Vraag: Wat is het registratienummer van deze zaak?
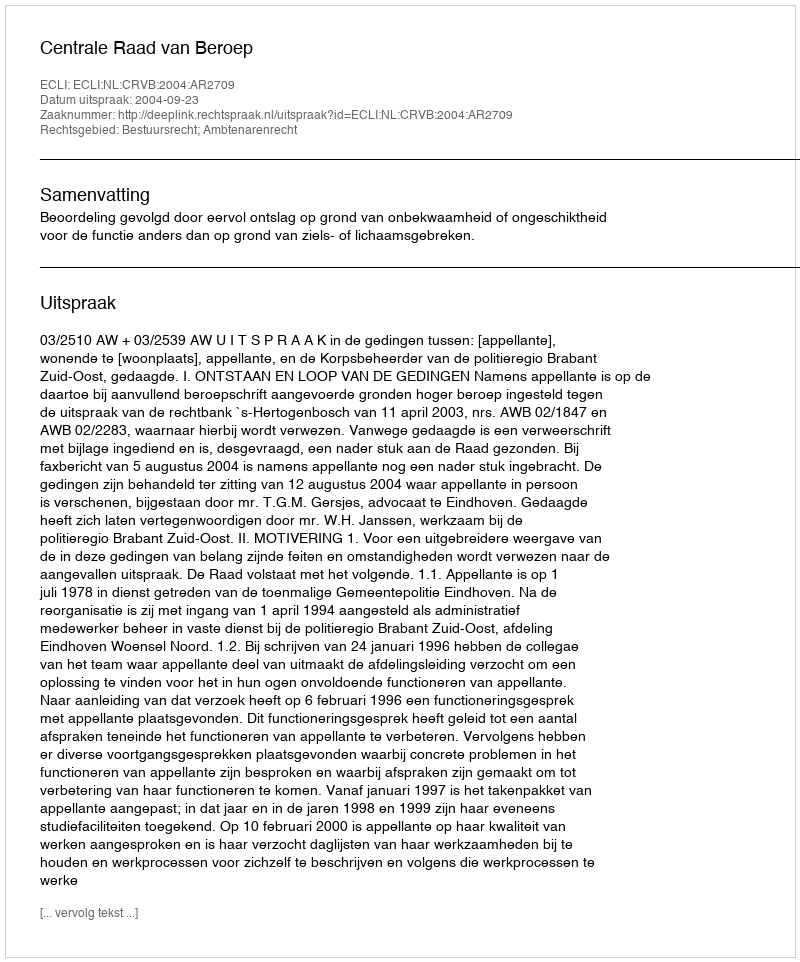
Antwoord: http://deeplink.rechtspraak.nl/uitspraak?id=ECLI:NL:CRVB:2004:AR2709